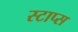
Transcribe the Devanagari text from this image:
स्टाप्स